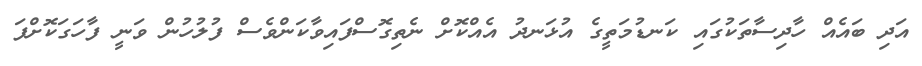
އަދި ބައެއް ހާދިސާތަކުގައި ކަނޑުމަތީގެ އުޅަނދު އެއްކޮށް ނެތިގޮސްފައިވާކަންވެސް ފުލުހުން ވަނީ ފާހަގަކޮށްފަ